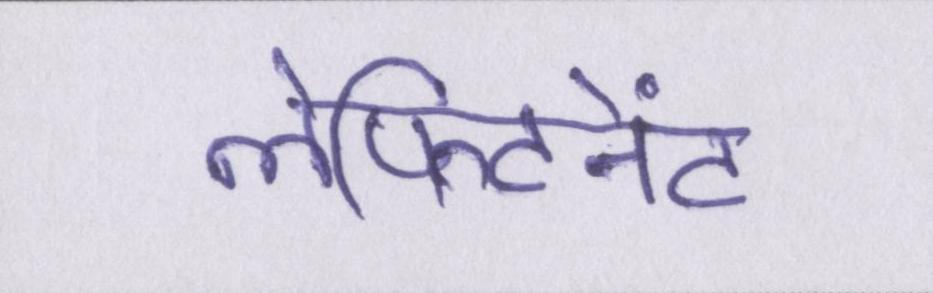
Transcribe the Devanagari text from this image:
लेफ्टिनेंट